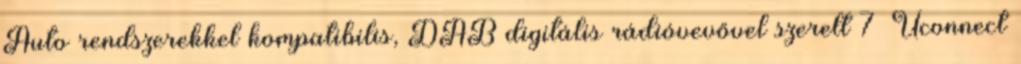
Auto rendszerekkel kompatibilis, DAB digitális rádióvevővel szerelt 7″ Uconnect